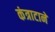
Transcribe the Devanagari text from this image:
कंत्राटाने